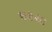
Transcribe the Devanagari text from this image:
ए३४०